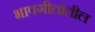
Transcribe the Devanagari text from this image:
भावगीतांतील